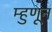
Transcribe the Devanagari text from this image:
म्हुणून